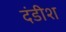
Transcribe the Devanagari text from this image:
दंडीश